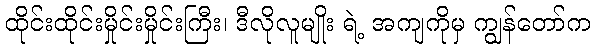
ထိုင်းထိုင်းမှိုင်းမှိုင်းကြီး၊ ဒီလိုလူမျိုး ရဲ့ အကျကိုမှ ကျွန်တော်က